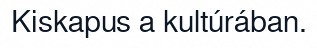
Kiskapus a kultúrában.